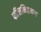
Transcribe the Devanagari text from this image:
पटिसभिदामग्ग